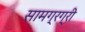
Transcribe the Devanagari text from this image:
सामग्रग्री